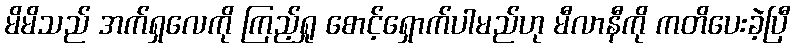
မိမိသည် အက်ရှလေကို ကြည့်ရှု စောင့်ရှောက်ပါမည်ဟု မီလာနီကို ကတိပေးခဲ့ပြီ